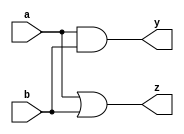
module combinational_logic (
    input wire a,       // First input
    input wire b,       // Second input
    output reg y,       // Output
    output reg z        // Additional output for demonstration
);

// Always block for combinational logic
always @(*) begin
    // Continuous assignment for output y (AND operation)
    y = a & b;         // y is the AND of a and b

    // Additional logic for output z (OR operation)
    z = a | b;         // z is the OR of a and b
end

endmodule